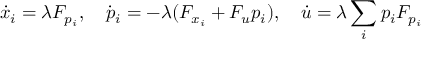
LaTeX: { \dot { x } } _ { i } = \lambda F _ { p _ { i } } , \quad { \dot { p } } _ { i } = - \lambda ( F _ { x _ { i } } + F _ { u } p _ { i } ) , \quad { \dot { u } } = \lambda \sum _ { i } p _ { i } F _ { p _ { i } }